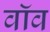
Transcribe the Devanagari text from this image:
वॉव